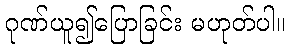
ဂုဏ်ယူ၍ပြောခြင်း မဟုတ်ပါ။